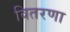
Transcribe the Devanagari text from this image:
वितरणा